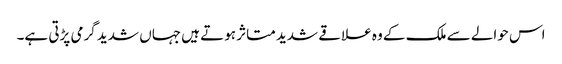
اس حوالے سے ملک کے وہ علاقے شدید متاثر ہوتے ہیں جہاں شدید گرمی پڑتی ہے۔